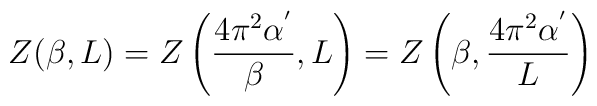
Z(\beta,L)=Z\left(\frac{4\pi^{2}\alpha^{'}}{\beta},L\right)=  Z\left(\beta,\frac{4\pi^{2}\alpha^{'}}{L}\right)